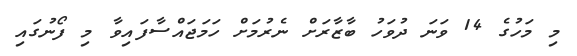
މި މަހުގެ 14 ވަނަ ދުވަހު ބާޒާރަށް ނެރުމަށް ހަމަޖައްސާފައިވާ މި ފޯނުގައި